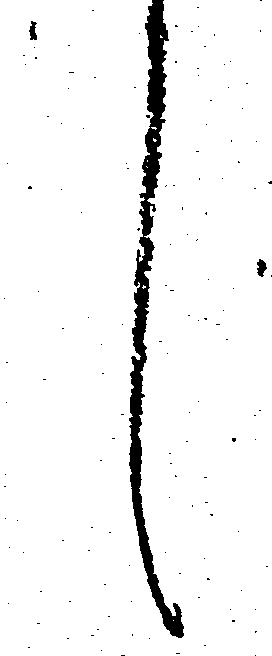
候